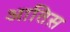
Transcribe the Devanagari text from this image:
आतिस़